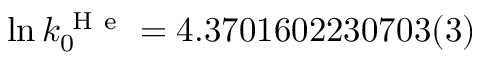
\ln k _ { 0 } ^ { \mathrm { ~ H ~ e ~ } } = 4 . 3 7 0 1 6 0 2 2 3 0 7 0 3 ( 3 )